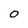
Character: 0